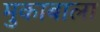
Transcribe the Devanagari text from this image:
मुकाबाला